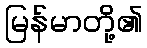
မြန်မာတို့၏